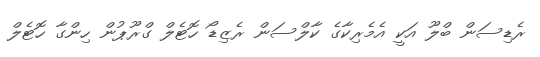
ރެޑިސަން ބްލޫ އަކީ އެމެރިކާގެ ކާލްސަން ރެޒިޑޯ ހޮޓެލް ގްރޫޕުން ހިންގާ ހޮޓެލް